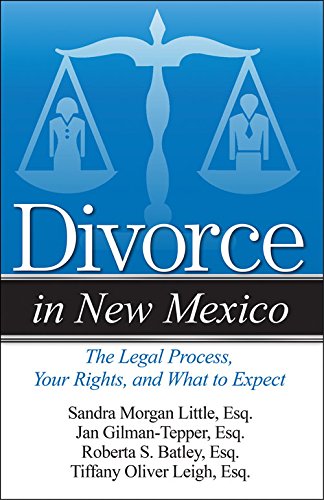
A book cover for Divorce in New Mexico: The Legal Process, Your Rights, and What to Expect; Sandra Morgan Little Esq.; Parenting & Relationships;